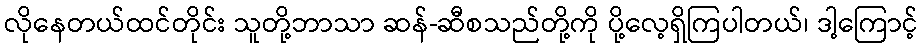
လိုနေတယ်ထင်တိုင်း သူတို့ဘာသာ ဆန်-ဆီစသည်တို့ကို ပို့လေ့ရှိကြပါတယ်၊ ဒါ့ကြောင့်